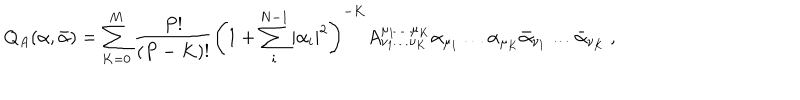
LaTeX: Q _ { A } ( \alpha , \bar { \alpha } ) = \sum _ { K = 0 } ^ { M } \frac { P ! } { ( P - K ) ! } \left( 1 + \sum _ { i } ^ { N - 1 } | \alpha _ { i } | ^ { 2 } \right) ^ { - K } A _ { \nu _ { 1 } \ldots \nu _ { K } } ^ { \mu _ { 1 } \ldots \mu _ { K } } \alpha _ { \mu _ { 1 } } \ldots \alpha _ { \mu _ { K } } \bar { \alpha } _ { \nu _ { 1 } } \ldots \bar { \alpha } _ { \nu _ { K } } \: ,